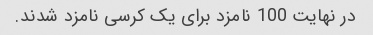
در نهایت 100 نامزد برای یک کرسی نامزد شدند.